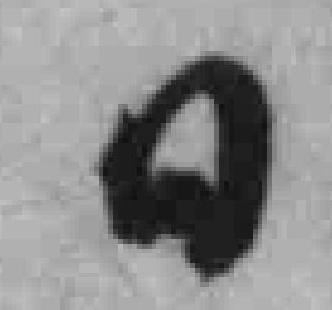
日